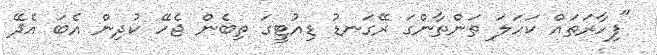
"ފިހާރަތައް ކަހަލަ ތަންތާންގަ ރޭގަނޑު ޑިއުޓީގަ ތިބެން ޖެހޭ ކުދިން އެބަ އެދޭ